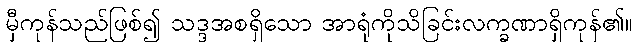
မှီကုန်သည်ဖြစ်၍ သဒ္ဒအစရှိသော အာရုံကိုသိခြင်းလက္ခဏာရှိကုန်၏။